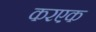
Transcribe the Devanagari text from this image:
करएक